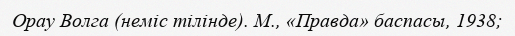
Орау Волга (неміс тілінде). М., «Правда» баспасы, 1938;